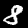
Label: 8